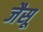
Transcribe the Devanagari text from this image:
जैसू